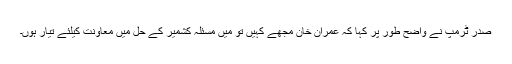
صدر ٹرمپ نے واضح طور پر کہا کہ عمران خان مجھے کہیں تو میں مسئلہ کشمیر کے حل میں معاونت کیلئے تیار ہوں۔